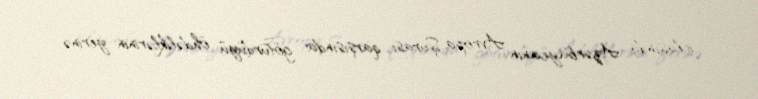
iclasında Azərbaycanın Avropa Şurası qarşısında götürdüyü öhdəliklərinin yerinə